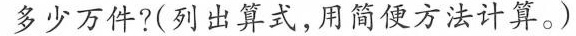
多少万件？（列出算式，用简便方法计算。）